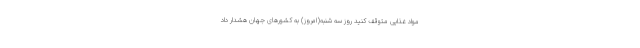
مواد غذایی متوقف کنید روز سه شنبه(امروز) به کشورهای جهان هشدار داد